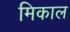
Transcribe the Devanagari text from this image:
मिकाल